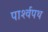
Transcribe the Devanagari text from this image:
पार्श्‍वपथ